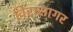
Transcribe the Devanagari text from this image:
विद्दासागर